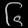
Digit: ၆